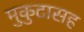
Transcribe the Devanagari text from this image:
मुकुटासह